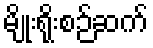
မျိုးရိုးစဉ်ဆက်